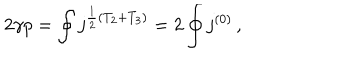
2 \gamma p = \oint j ^ { \frac { 1 } { 2 } ( T _ { 2 } + T _ { 3 } ) } = 2 \oint j ^ { ( 0 ) } \, ,